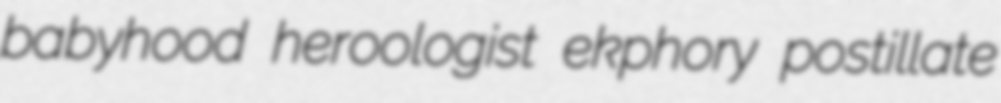
babyhood heroologist ekphory postillate